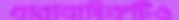
ধারাবাহিকটিও